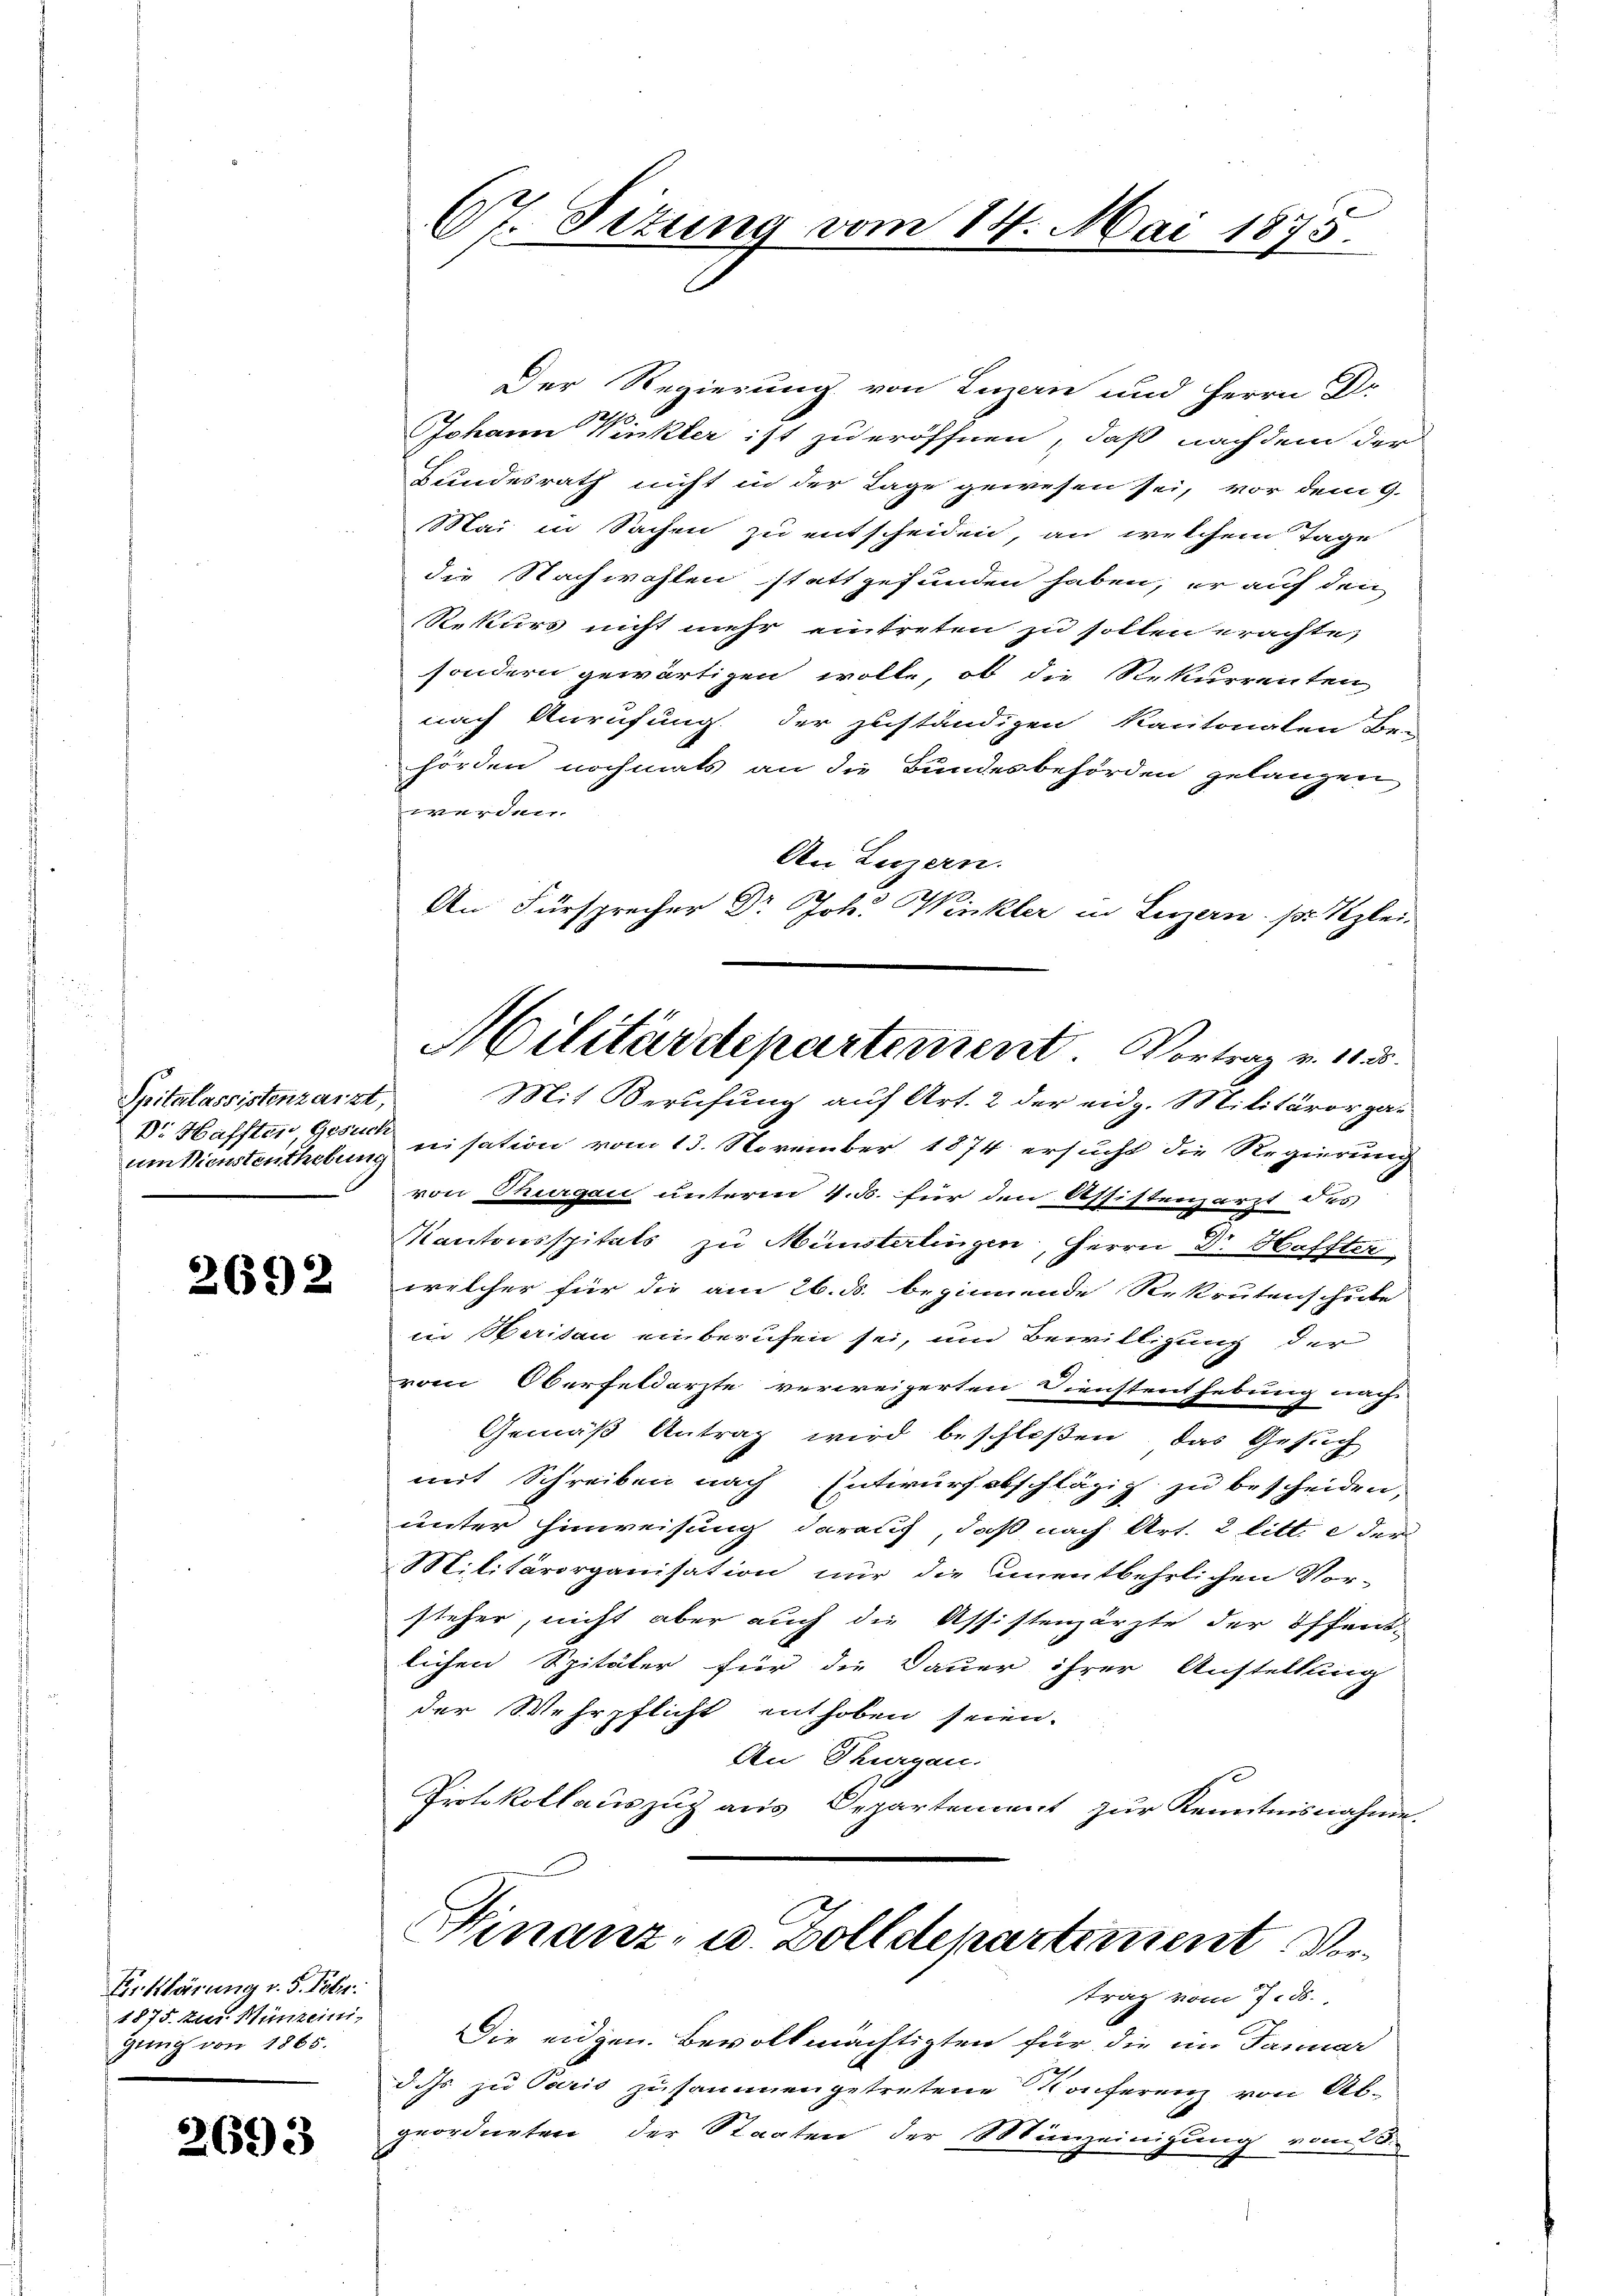
Spitalassistenzarzt,
um Dienstenthebung

2692

Erklärung v. 5. Febr.
1875. zur Münzeini
gung von 1865.

2693

67. Situng vom 14. Mai 1875.

Der Regierung von Inzan und Herrn Dr
Johann Winkler ist zu eröffnen, daß nachdem der
Bundesrath nicht in der Lage gewesen sei, vor dem 9.
Mai in Sachen zu entscheiden, an welchem Tage
die Nachwahlen stattgefunden haben, er auf den
Rekurs nicht mehr eintreten zu sollen erachte,
sondern gewärtigen wolle, ob die Rekurrenten
nach Anrufung der zuständigen Kantonalen Be-
hörden nochmals an die Bundesbehörden gelangen
verdur
An Luzern.

An Fürsprecher Dr Joh. Winkler in Luzern. pr. Klei
Mit Berufung auf Art. 2 der eidg. Militärorgar
Dr. Haffter gestanisation vom 13. November 1874 ersucht die Regierung
von Thurgau unterm 4. 5. für den Assistenzarzt des
Kantonsspitals zu Münsterlingen, Herrn Dr Haffter
welcher für die am 26. ds. beginnende Rekrutenschicke
in Parisau einberufen sei, und Bewilligung der
vom Oberfeldarzte verweigerten Dienstenthebung nach
Gemäß Antrag wird beschloßen, das Gesuch
mit Schreiben nach Entwurf abschlägig zu bescheiden,
unter Hinweisung darauf, daß nach Art. 2 litt. e der
Militärorganisation nur die unentbehrlichen Vor-
steher, nicht aber auch die Assistenzärzte der öffent-
lichen Spitäler für die Dauer ihrer Austellung
der Wehrpflicht enthoben seien.
An Thurgau.
Protokollauszug aus Departement zur Kenntnisnahme,

Militärdepartement. Vortrag v. 113.

Finanz- u. Zolldepartement Vertrag vom 7. ds.

Die eidgen. Bevollmächtigten für die im Januar
d. Js. zu Paris zusammengetretene Konferenz von Abgeordneten der Staaten der Münzeinigung vom 28.
e